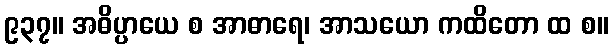
၉၃၇။ အဓိပ္ပာယေ စ အာဓာရေ၊ အာသယော ကထိတော ထ စ။